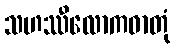
သဟဿီလောကဓာတုံ